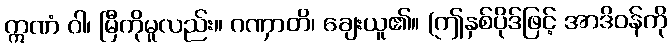
ဣဏံ ဝါ၊ မြီကိုမူလည်း။ ဂဏှာတိ၊ ချေးယူ၏။ (ဤနှစ်ပိုဒ်ဖြင့် အာဒိဝန်ကို